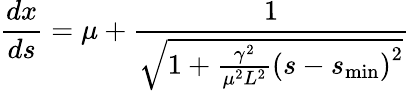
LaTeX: \frac{dx}{ds}=\mu+\frac{1}{\sqrt{1+\frac{\gamma^{2}}{\mu^{2}L^{2}}\left(s-s_{\mathrm{min}}\right)^{2}}}